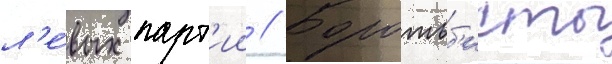
л'е́вых парт'ии // Боротьб'исты